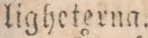
ligheterna.